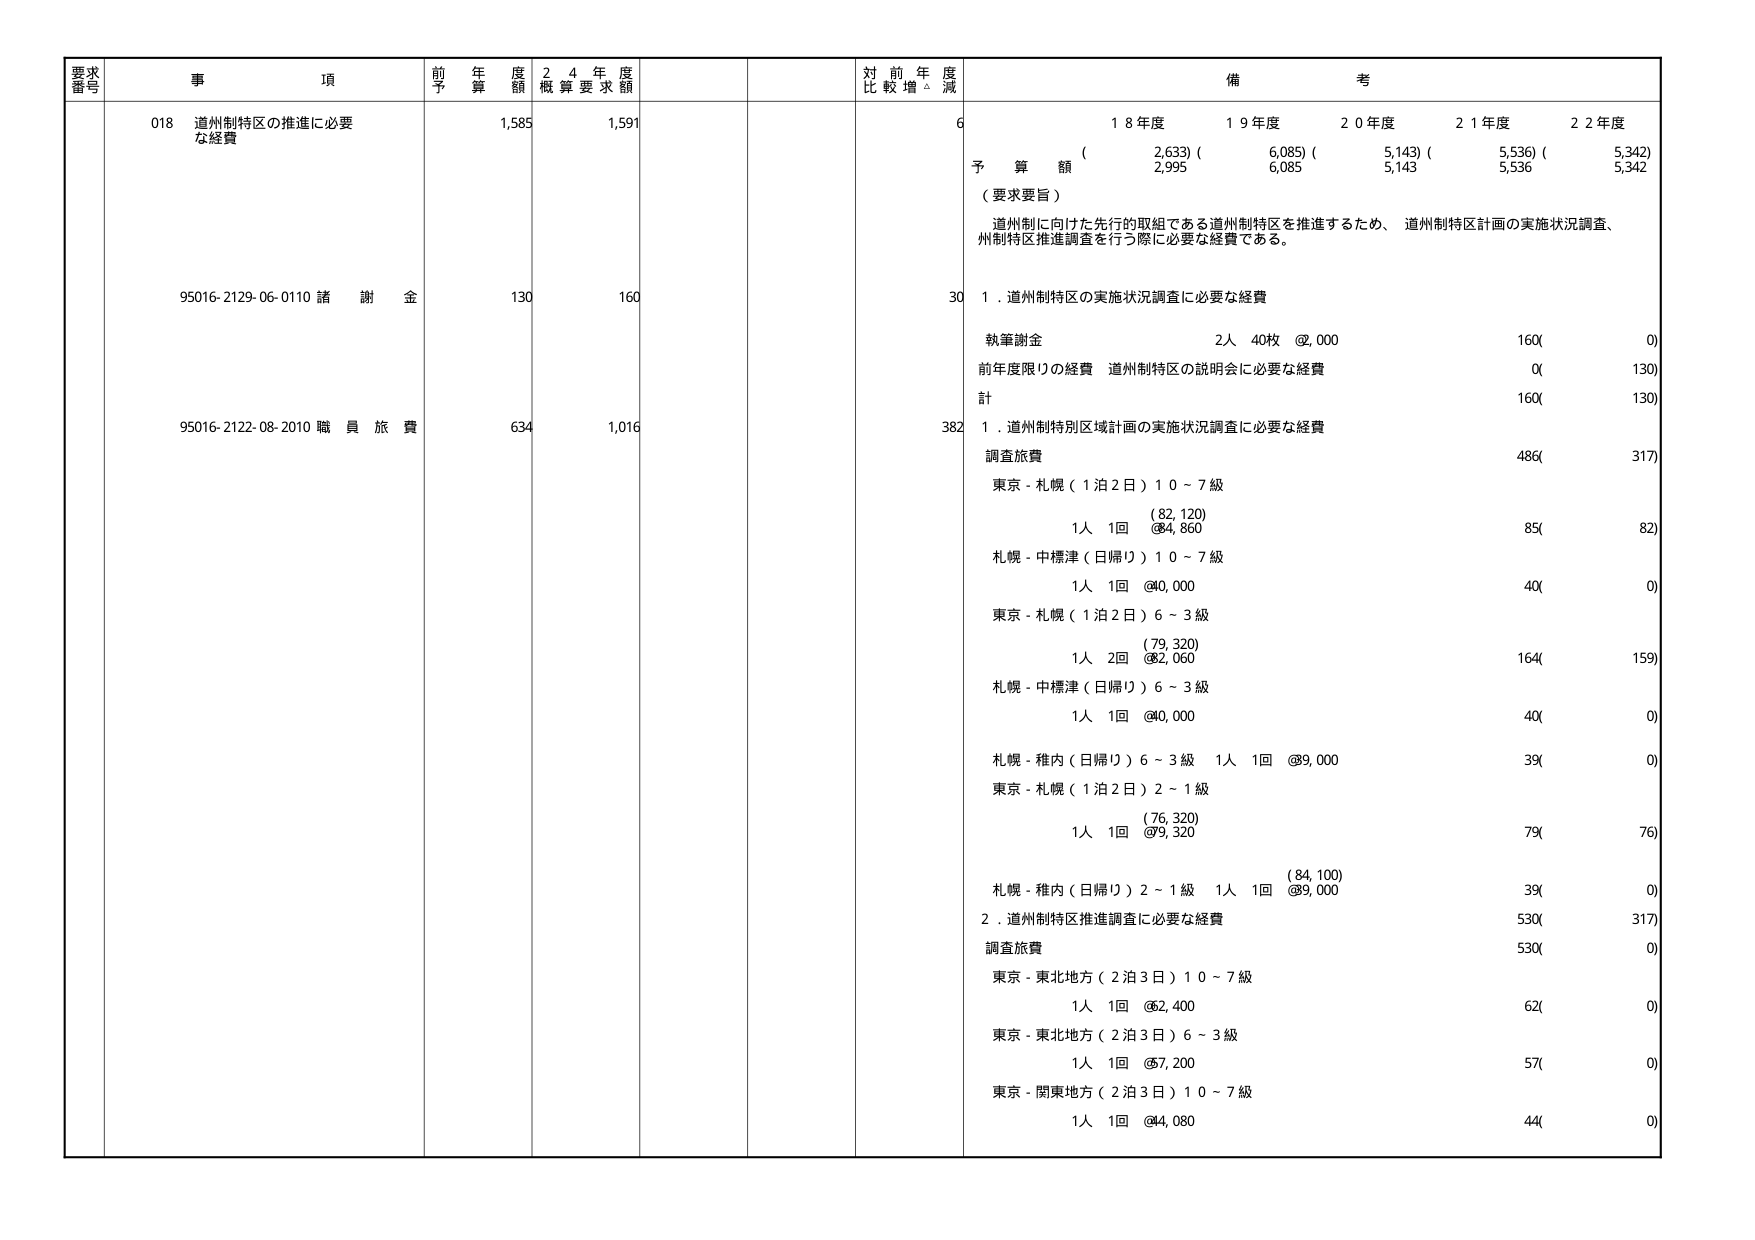
要求番号 事項 前年度予算額 24年度概算要求額 対前年度比較増減 備考
018 道州制特区の推進に必要な経費 1,585 1,591 6
予算額 ( 2,633) ( 6,085) ( 5,143) ( 5,536) ( 5,342)
(要求要旨)
道州制に向けた先行的取組である道州制特区を推進するため、道州制特区計画の実施状況調査、州制特区推進調査を行う際に必要な経費である。
95016-2129-06-0110 諸謝金 130 160 30
1. 道州制特区の実施状況調査に必要な経費
執筆謝金 2人 40枚 @2,000 160( 0)
前年度限りの経費 道州制特区の説明会に必要な経費 0( 130)
計 160( 130)
95016-2122-08-2010 職員旅費 634 1,016 382
1. 道州制特別区域計画の実施状況調査に必要な経費
調査旅費 486( 317)
東京 - 札幌 (1泊2日) 10～7級
(82,120)
1人 1回 @84,860 85( 82)
札幌 - 中標津 (日帰り) 10～7級
1人 1回 @40,000 40( 0)
東京 - 札幌 (1泊2日) 6～3級
(79,320)
1人 2回 @82,060 164( 159)
札幌 - 中標津 (日帰り) 6～3級
1人 1回 @40,000 40( 0)
札幌 - 稚内 (日帰り) 6～3級 1人 1回 @89,000 39( 0)
東京 - 札幌 (1泊2日) 2～1級
(76,320)
1人 1回 @79,320 79( 76)
札幌 - 稚内 (日帰り) 2～1級 1人 1回 @89,000 (84,100) 39( 0)
2. 道州制特区推進調査に必要な経費 530( 317)
調査旅費 530( 0)
東京 - 東北地方 (2泊3日) 10～7級
1人 1回 @62,400 62( 0)
東京 - 東北地方 (2泊3日) 6～3級
1人 1回 @57,200 57( 0)
東京 - 関東地方 (2泊3日) 10～7級
1人 1回 @44,080 44( 0)